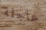
عاجلة